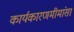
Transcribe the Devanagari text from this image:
कार्यकारणमीमांसा